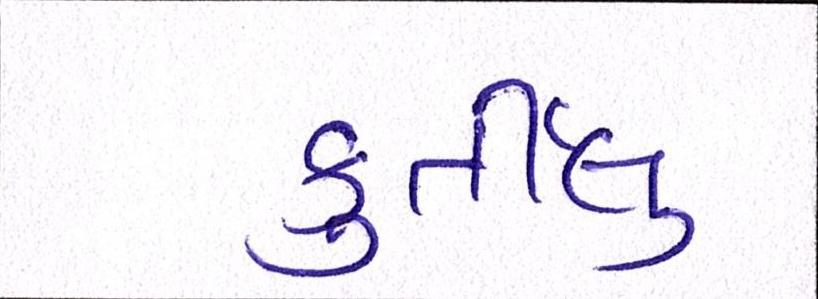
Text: ફુર્તીલુ